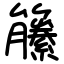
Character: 籘